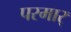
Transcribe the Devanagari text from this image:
परमार्